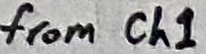
Text: from Ch1